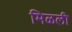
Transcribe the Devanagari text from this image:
मिळली